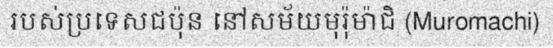
របស់ប្រទេសជប៉ុន នៅសម័យមុរ៉ុម៉ាជិ (Muromachi)